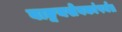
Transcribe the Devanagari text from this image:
वाङ्मयसेवकांपर्यंत